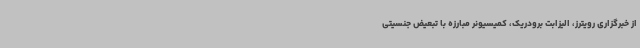
از خبرگزاری رویترز، الیزابت برودریک، کمیسیونر مبارزه با تبعیض جنسیتی